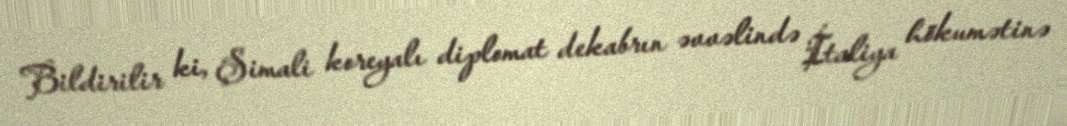
Bildirilir ki, Şimali koreyalı diplomat dekabrın əvvəlində İtaliya hökumətinə